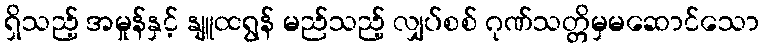
ရှိသည့် အမှုန်နှင့် နျူထရွန် မည်သည့် လျှပ်စစ် ဂုဏ်သတ္တိမှမဆောင်သော